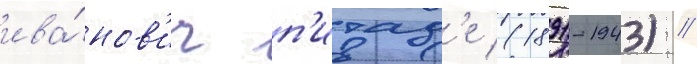
ива́нов'ич п'итад'е (1891-1943) /